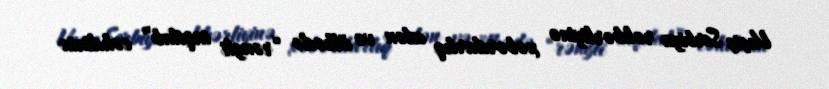
Vuçiç Serbiya rəhbərliyinə xəbərdarlıq edən və ölkədə “rəngli inqilab” cəhdinin